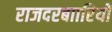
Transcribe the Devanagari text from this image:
राजदरबाारियों